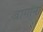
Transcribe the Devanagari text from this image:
बागांना